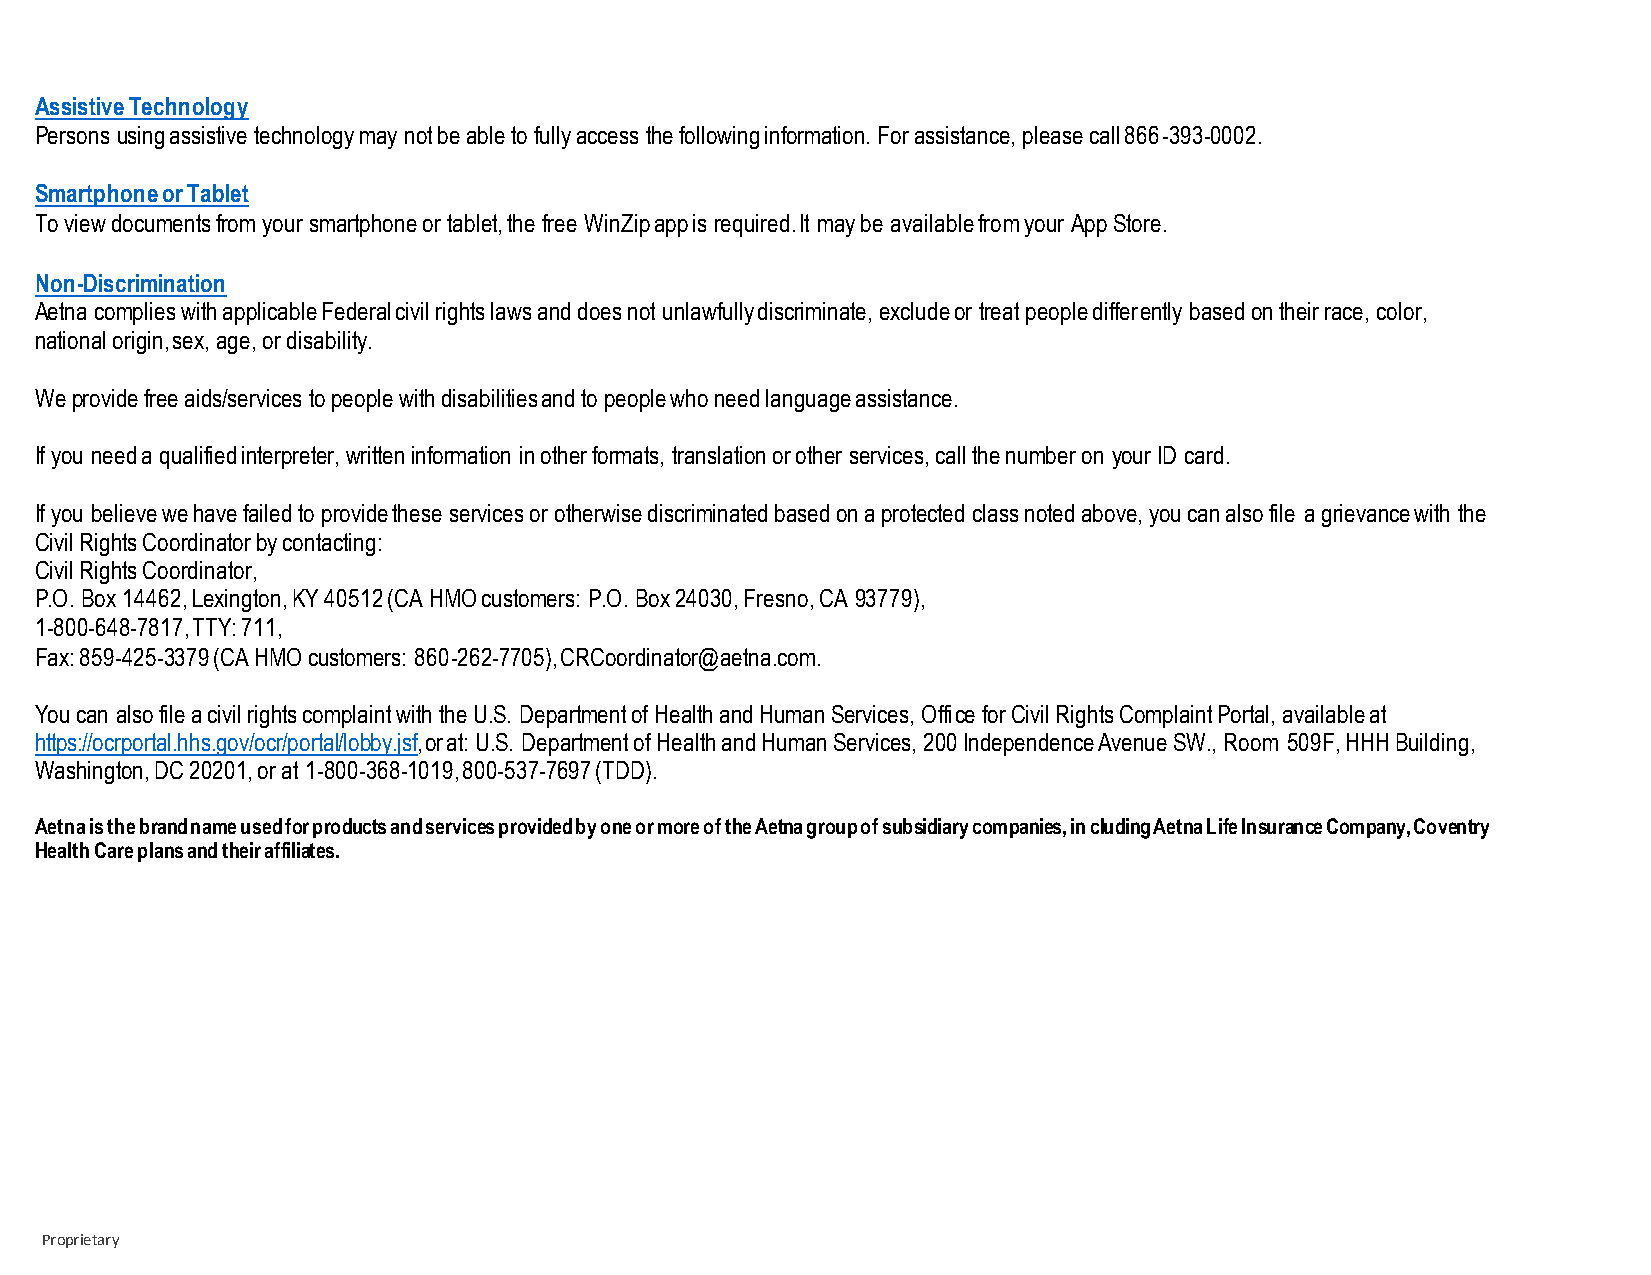
Assistive Technology
 Persons using assistive technology may not be able to fully access the following information. For assistance, please call 866-393-0002.
 Smartphone or Tablet
 To view documents from your smartphone or tablet, the free WinZip app is required. It may be available from your App Store.
 Non-Discrimination
 Aetna complies with applicable Federal civil rights laws and does not unlawfully discriminate, exclude or treat people differently based on their race, color,
 national origin, sex, age, or disability.
 We provide free aids/services to people with disabilities and to people who need language assistance.
 If you need a qualified interpreter, written information in other formats, translation or other services, call the number on your ID card.
 If you believe we have failed to provide these services or otherwise discriminated based on a protected class noted above, you can also file a grievance with the
 Civil Rights Coordinator by contacting:
 Civil Rights Coordinator,
 P.O. Box 14462, Lexington, KY 40512 (CA HMO customers: P.O. Box 24030, Fresno, CA 93779),
 1-800-648-7817, TTY: 711,
 Fax: 859-425-3379 (CA HMO customers: 860-262-7705), CRCoordinator@aetna.com.
 You can also file a civil rights complaint with the U.S. Department of Health and Human Services, Office for Civil Rights Complaint Portal, available at
 https://ocrportal.hhs.gov/ocr/portal/lobby.jsf, or at: U.S. Department of Health and Human Services, 200 Independence Avenue SW., Room 509F, HHH Building,
 Washington, DC 20201, or at 1-800-368-1019, 800-537-7697 (TDD).
 Aetna is the brand name used for products and services provided by one or more of the Aetna group of subsidiary companies, including Aetna Life Insurance Company, Coventry
 Health Care plans and their affiliates.
 Proprietary